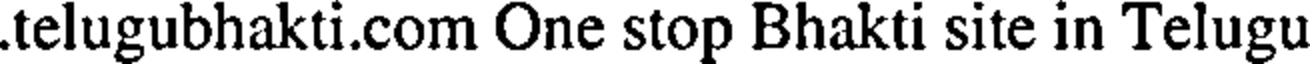
.telugubhakti.com One stop Bhakti site in Telugu